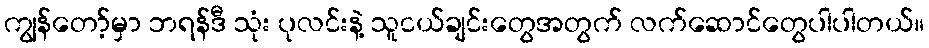
ကျွန်တော့်မှာ ဘရန်ဒီ သုံး ပုလင်းနဲ့ သူငယ်ချင်းတွေအတွက် လက်ဆောင်တွေပါပါတယ်။